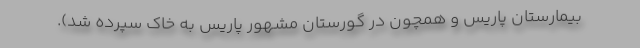
بیمارستان پاریس و همچون در گورستان مشهور پاریس به خاک سپرده شد).